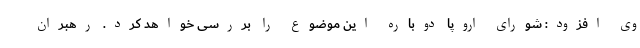
وی افزود: شورای اروپا دوباره این موضوع را بررسی خواهد کرد. رهبران